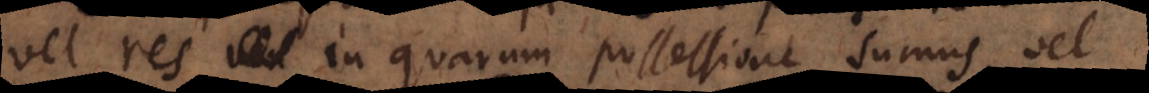
vel res in quarum possessione sumus, vel